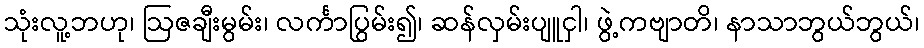
သုံးလူ့ဘဟု၊ ဩဇချီးမွမ်း၊ လင်္ကာပြွမ်း၍၊ ဆန်လှမ်းပျူငှါ၊ ဖွဲ့ကဗျာတိ၊ နာသာဘွယ်ဘွယ်၊